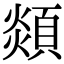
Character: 顃